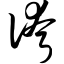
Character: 侉